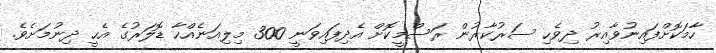
ހާމަކޮށްފައިނުވާއިރު ދިވެހި ސަރުކާރުން ރަސްމީކޮށް އެދިފައިވަނީ 300 މިލިއަނެއްހާ ޑޮލަރުގެ އެހީ ދިނުމަށެވެ.